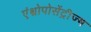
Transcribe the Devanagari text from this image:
एंथ्रोपोसेंट्रीज्म